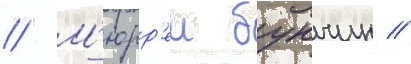
// М'юрр'еи букчин //